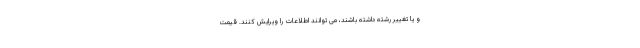
و یا تغییر رشته داشته باشند، می توانند اطلاعات را ویرایش کنند. قیمت